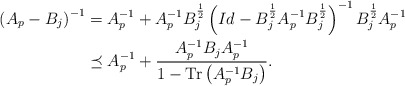
\begin{align*}\left( A_p -B_j\right)^{-1} &= A_p^{-1} + A_p^{-1}B_j^{\frac{1}{2}}\left( Id - B_j^{\frac{1}{2}}A_p^{-1}B_j^{\frac{1}{2}}\right)^{-1}B_j^{\frac{1}{2}}A_p^{-1}\\&\preceq A_p^{-1} + \frac{ A_p^{-1}B_jA_p^{-1}}{1-{\rm Tr}\left(A_p^{-1}B_j\right)}.\end{align*}